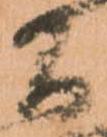
間